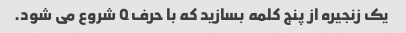
یک زنجیره از پنج کلمه بسازید که با حرف Q شروع می شود.